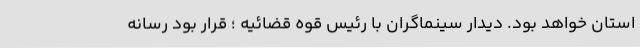
استان خواهد بود. دیدار سینماگران با رئیس قوه قضائیه ؛ قرار بود رسانه